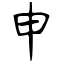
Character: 申